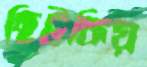
ছিটকিয়